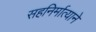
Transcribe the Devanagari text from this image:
सहनिर्मात्याने